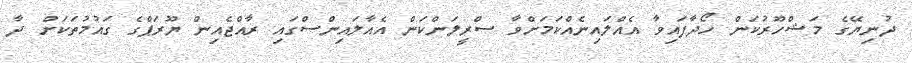
ދުނިޔޭގެ މަޝްހޫރުކަން ހޯދާފައިވާ އެއްލައިނެއްކަމަށްވާ ސްރީލަންކަން އެއާލައިންސްގައި ރާއްޖެއިން ޔޫރަޕްގެ ގައުމުތަކަށް ދާ